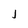
Character: j